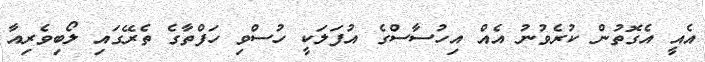
އެއީ އެގޮތުން ކުރެވުނު އެއް އިހުސާސްގެ އުފަލަކީ ހުސްވި ހަފްތާގެ ތެރޭގައި ލޯބިވެރިއާ